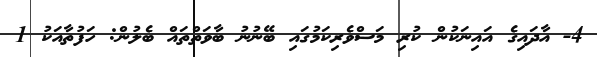
4- އާދައިގެ އައިނަކުން ކުރި މަސްވެރިކަމުގައި ބޭނުނު ބާވަތްތައް ބެލުން: ހަފުތާއަކު 1